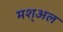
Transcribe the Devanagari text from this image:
मश्अल